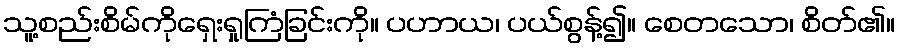
သူ့စည်းစိမ်ကိုရှေးရှုကြံခြင်းကို။ ပဟာယ၊ ပယ်စွန့်၍။ စေတသော၊ စိတ်၏။